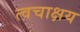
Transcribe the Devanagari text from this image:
त्वचाक्षय